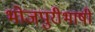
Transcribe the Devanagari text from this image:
भोजपुरीभाषी